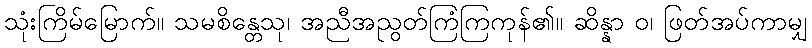
သုံးကြိမ်မြောက်။ သမစိန္တေသု၊ အညီအညွတ်ကြံကြကုန်၏။ ဆိန္နာ ဝ၊ ဖြတ်အပ်ကာမျှ